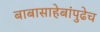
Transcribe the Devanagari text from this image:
बाबासाहेबांपुढेच